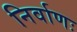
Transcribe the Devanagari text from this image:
निर्वाणः